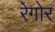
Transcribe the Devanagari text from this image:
रेगोर